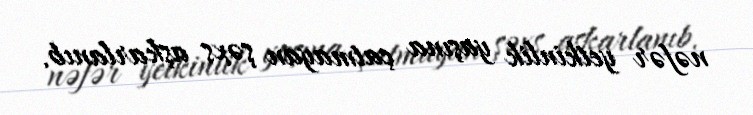
nəfər yetkinlik yaşına çatmayan şəxs aşkarlanıb.